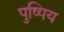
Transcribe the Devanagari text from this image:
पुष्पिय